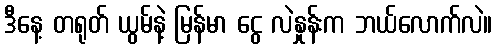
ဒီနေ့ တရုတ် ယွမ်နဲ့ မြန်မာ ငွေ လဲနှုန်းက ဘယ်လောက်လဲ။